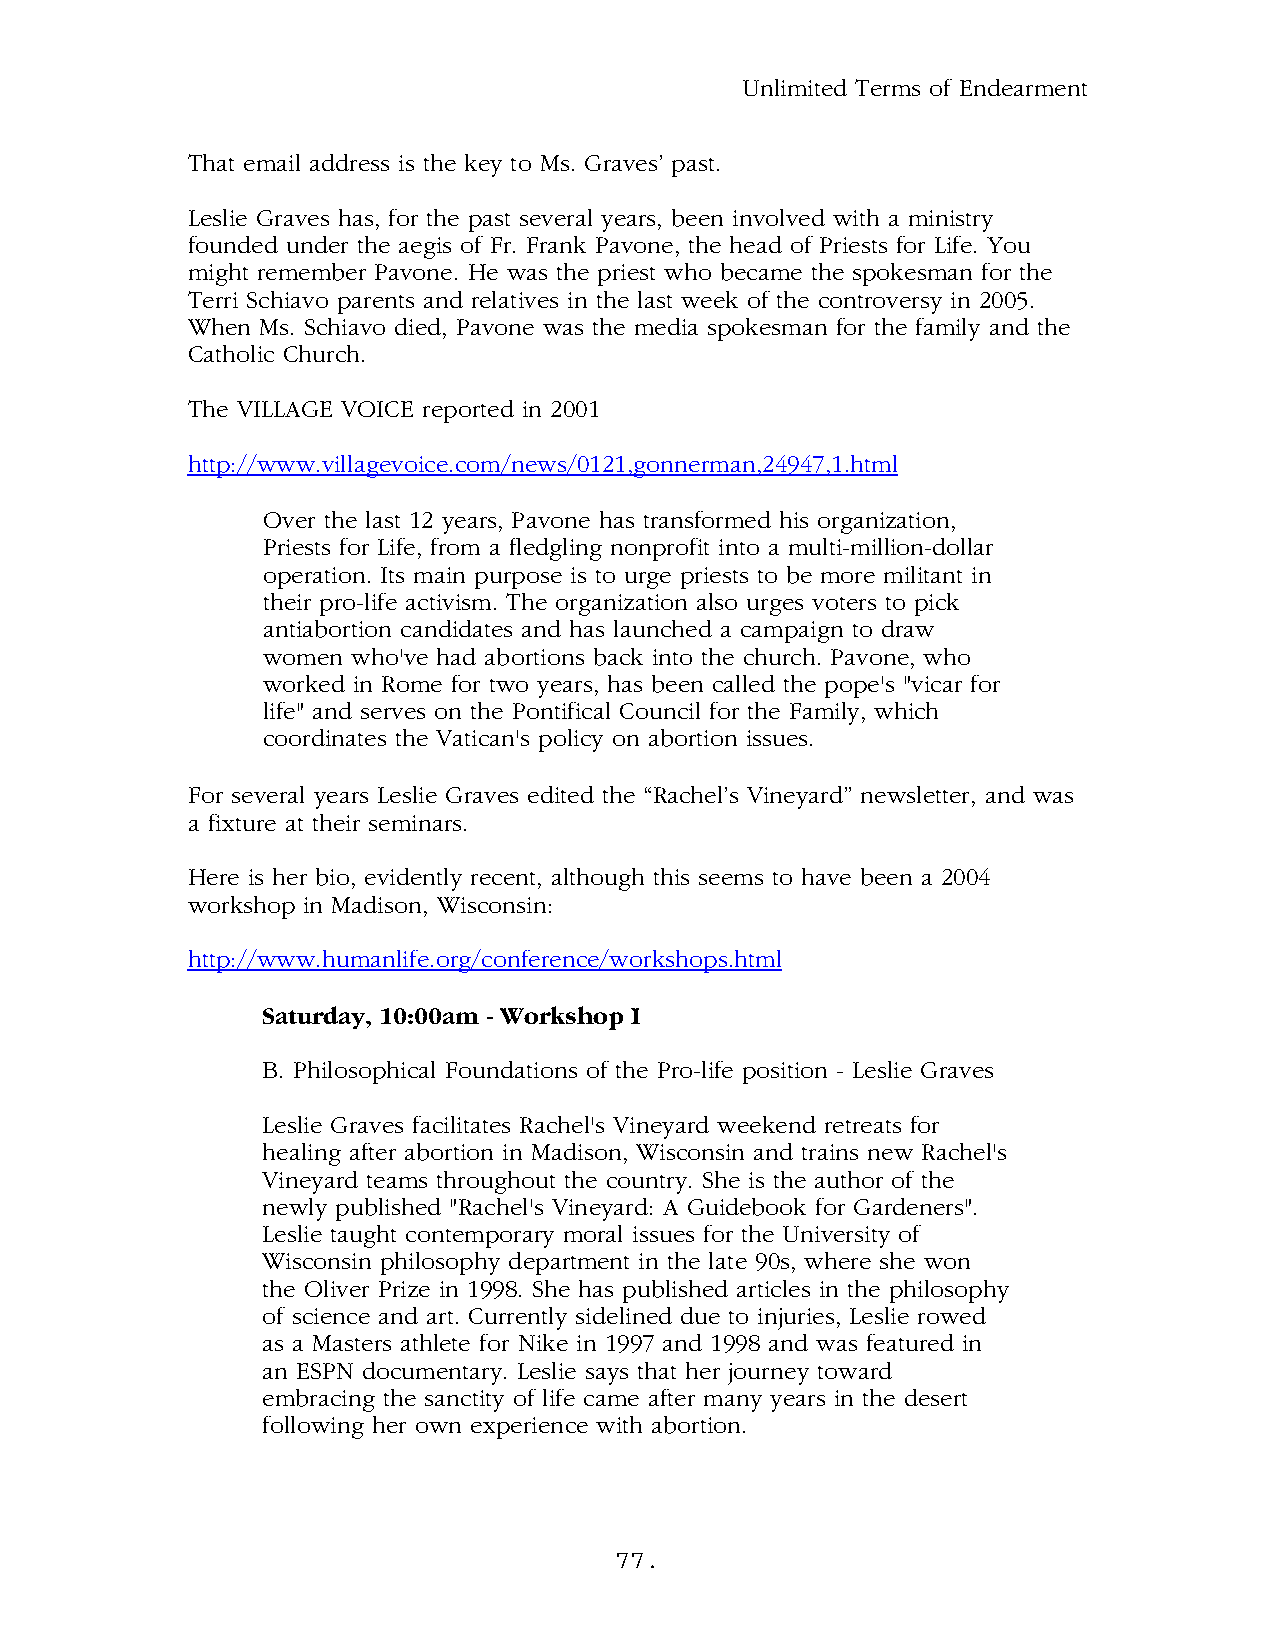
Unlimited Terms of Endearment
 That email address is the key to Ms. Graves’ past.
 Leslie Graves has, for the past several years, been involved with a ministry
 founded under the aegis of Fr. Frank Pavone, the head of Priests for Life. You
 might remember Pavone. He was the priest who became the spokesman for the
 Terri Schiavo parents and relatives in the last week of the controversy in 2005.
 When Ms. Schiavo died, Pavone was the media spokesman for the family and the
 Catholic Church.
 The VILLAGE VOICE reported in 2001
 http://www.villagevoice.com/news/0121,gonnerman,24947,1.html
 Over the last 12 years, Pavone has transformed his organization,
 Priests for Life, from a fledgling nonprofit into a multi-million-dollar
 operation. Its main purpose is to urge priests to be more militant in
 their pro-life activism. The organization also urges voters to pick
 antiabortion candidates and has launched a campaign to draw
 women who've had abortions back into the church. Pavone, who
 worked in Rome for two years, has been called the pope's "vicar for
 life" and serves on the Pontifical Council for the Family, which
 coordinates the Vatican's policy on abortion issues.
 For several years Leslie Graves edited the “Rachel’s Vineyard” newsletter, and was
 a fixture at their seminars.
 Here is her bio, evidently recent, although this seems to have been a 2004
 workshop in Madison, Wisconsin:
 http://www.humanlife.org/conference/workshops.html
 Saturday, 10:00am - Workshop I
 B. Philosophical Foundations of the Pro-life position - Leslie Graves
 Leslie Graves facilitates Rachel's Vineyard weekend retreats for
 healing after abortion in Madison, Wisconsin and trains new Rachel's
 Vineyard teams throughout the country. She is the author of the
 newly published "Rachel's Vineyard: A Guidebook for Gardeners".
 Leslie taught contemporary moral issues for the University of
 Wisconsin philosophy department in the late 90s, where she won
 the Oliver Prize in 1998. She has published articles in the philosophy
 of science and art. Currently sidelined due to injuries, Leslie rowed
 as a Masters athlete for Nike in 1997 and 1998 and was featured in
 an ESPN documentary. Leslie says that her journey toward
 embracing the sanctity of life came after many years in the desert
 following her own experience with abortion.
 77.